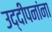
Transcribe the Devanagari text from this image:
उद्दीपनांना